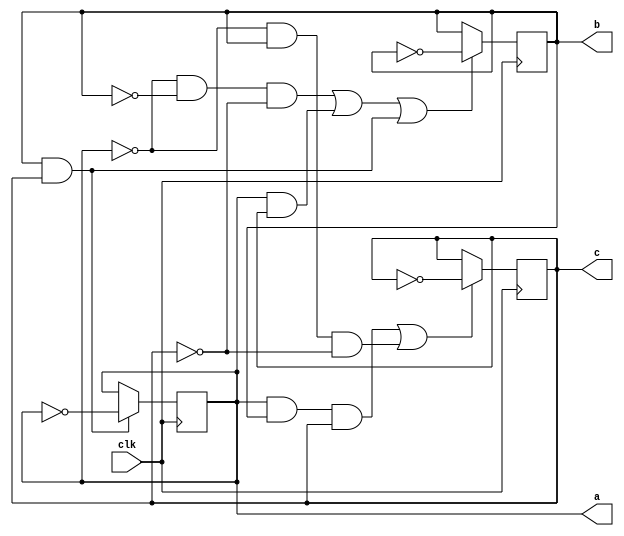
`timescale 1ns / 1ps
//////////////////////////////////////////////////////////////////////////////////
// Company: 
// Engineer: 
// 
// Design Name: 
// Module Name:    counter2 
// Project Name: 
// Target Devices: 
// Tool versions: 
// Description: 
//
// Dependencies: 
//
// Revision: 
// Revision 0.01 - File Created
// Additional Comments: 
//
//////////////////////////////////////////////////////////////////////////////////
module counter2(a,b,c,clk);
	input clk;
	output a,b,c;
	wire clk;
	reg a,b,c;
	initial
	begin
		a=0;
		b=0;
		c=0;
	end
	always @ (posedge (clk))
	begin
		if(b && c)
			a<=~a;
		if((!a && !b && !c) || (a && c) || (b && c))
			b<=~b;
		if((a && b && c) || (!a && b && !c))
			c<=~c;
	end
endmodule